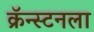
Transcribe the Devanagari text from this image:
क्रॅन्स्टनला